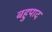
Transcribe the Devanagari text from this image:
बहुपाद